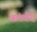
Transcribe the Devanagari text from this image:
ऋंगवेद